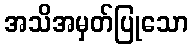
အသိအမှတ်ပြုသော